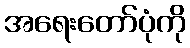
အရေးတော်ပုံကို